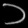
Digit: ၁